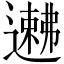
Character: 𬩉